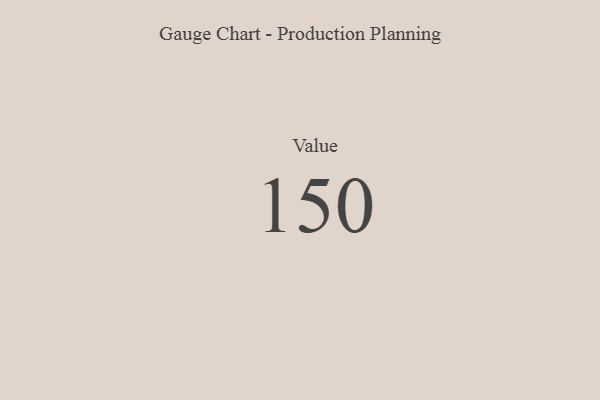
{"axis": {"x": "Metric", "y": "Value"}, "legend": [""], "data": [{"x": "Value", "y": 150, "type": ""}]}